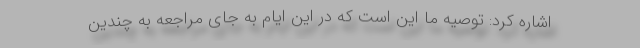
اشاره کرد: توصیه ما این است که در این ایام به جای مراجعه به چندین